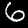
Digit: 6